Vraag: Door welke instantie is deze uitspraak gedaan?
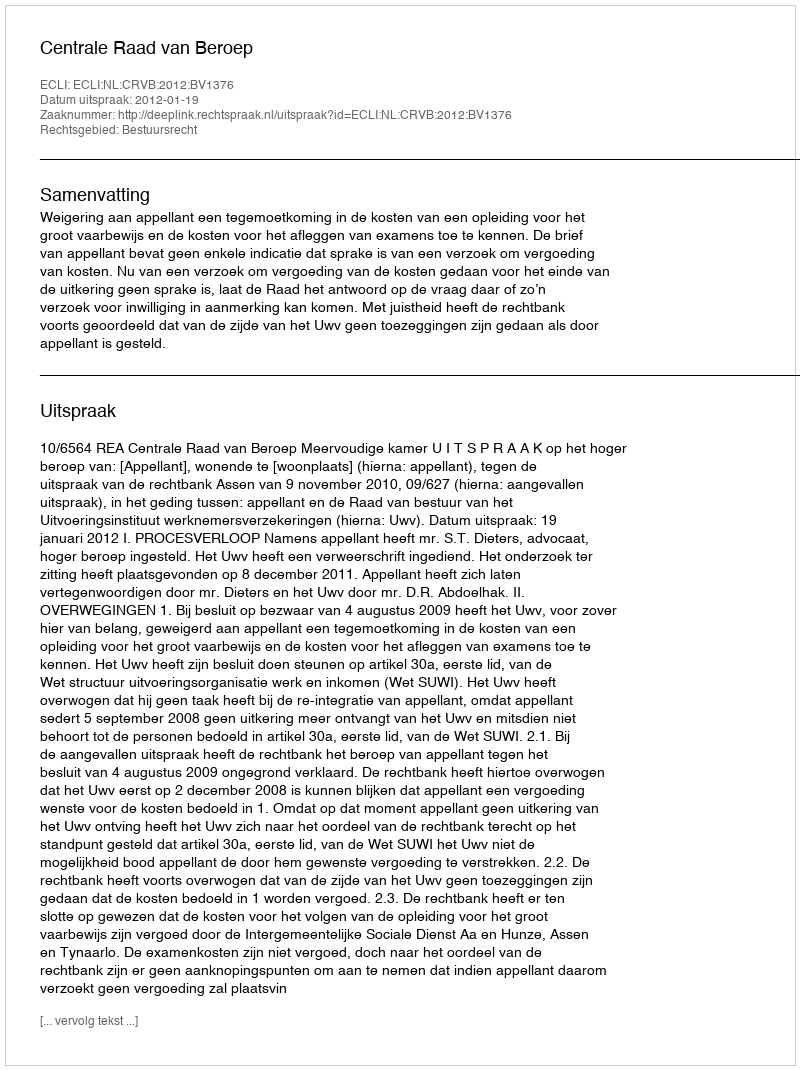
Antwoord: Centrale Raad van Beroep